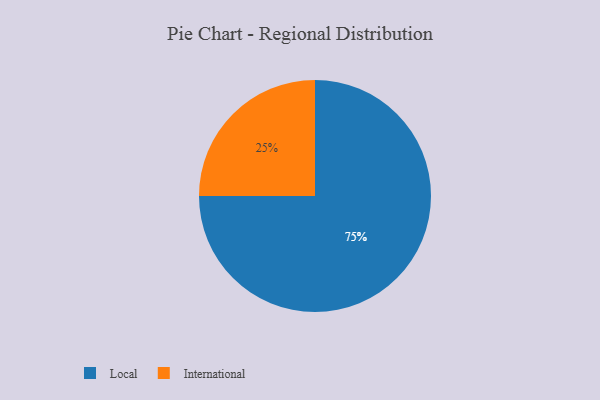
{"axis": {"x": "Category", "y": "Percentage"}, "legend": ["International", "Local"], "data": [{"x": "International", "y": 25, "type": "International"}, {"x": "Local", "y": 75, "type": "Local"}]}